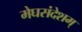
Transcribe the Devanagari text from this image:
मेघसंदेशम्